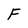
Character: F